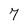
Character: 7